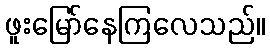
ဖူးမြော်နေကြလေသည်။